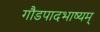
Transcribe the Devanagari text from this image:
गौडपादभाष्‍यम्